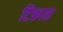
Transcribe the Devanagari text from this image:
टिकास